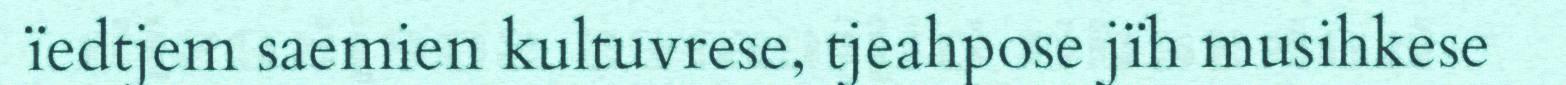
ïedtjem saemien kultuvrese, tjeahpose jïh musihkese